65_HS1-834228961_62-HQ-83894_SUB_A
Agency: FBI
Page 99
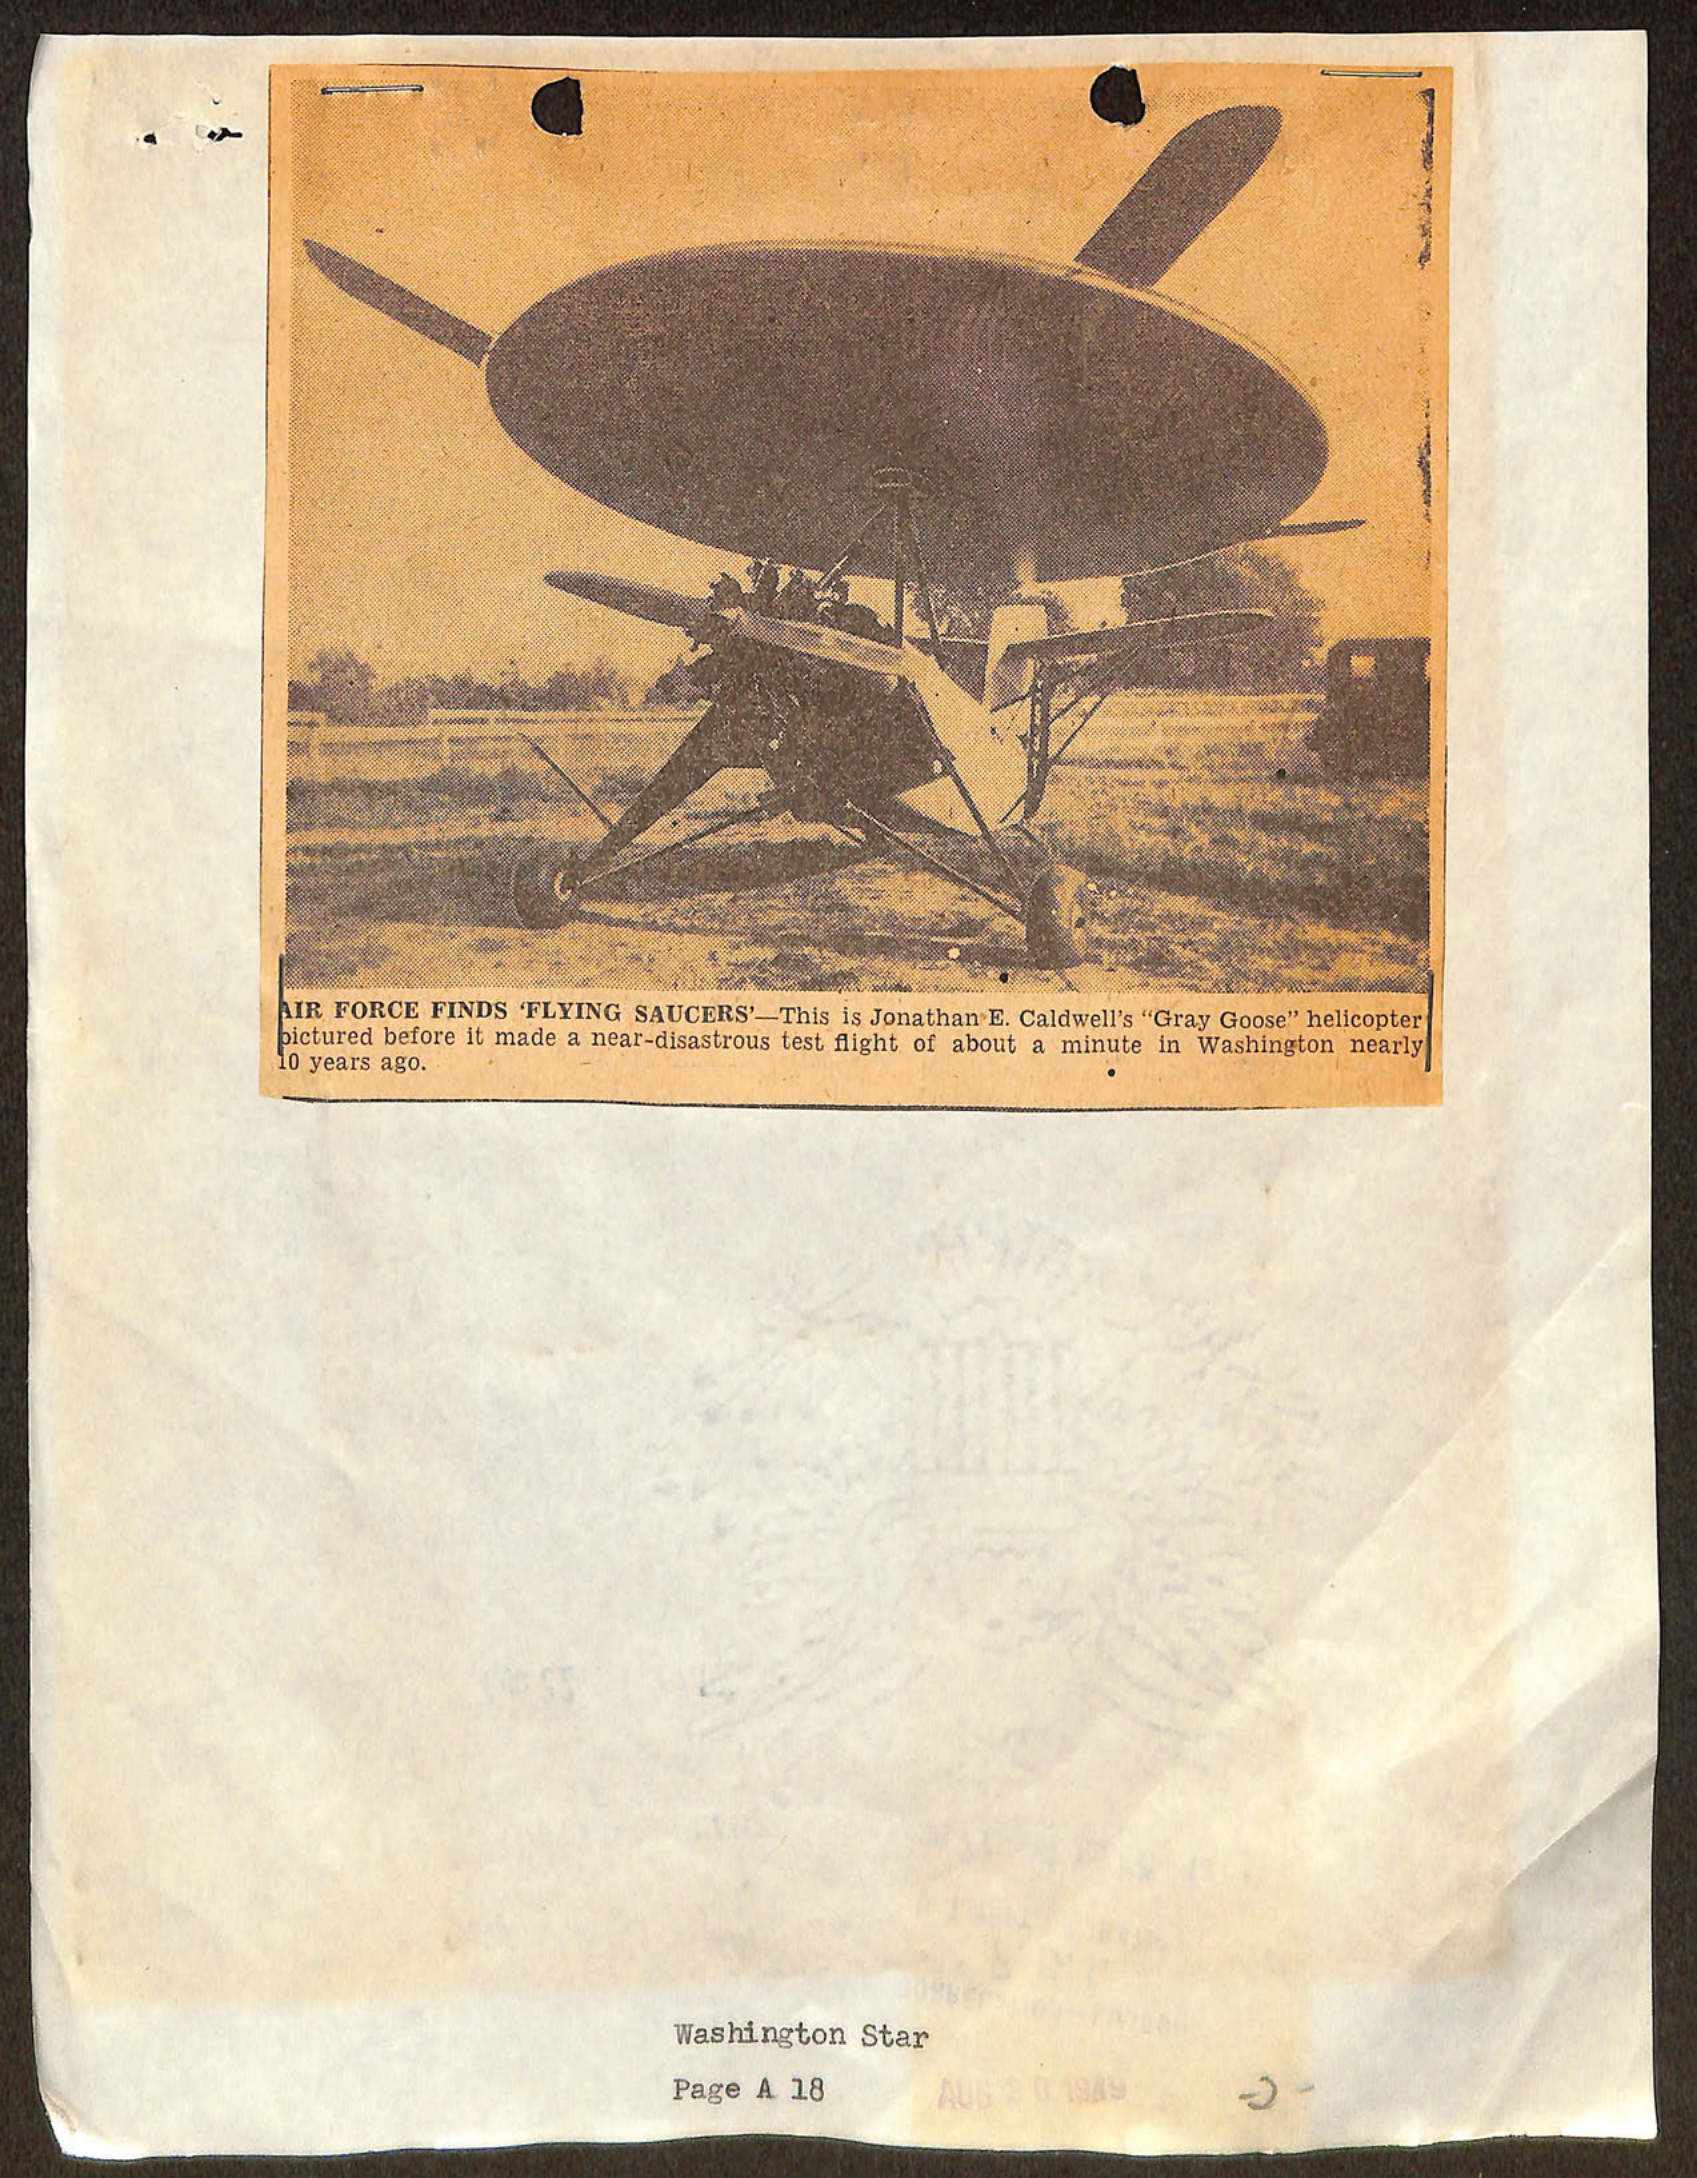